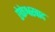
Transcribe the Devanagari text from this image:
ऐकेश्वरवाद